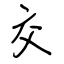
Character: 交